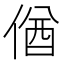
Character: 偤